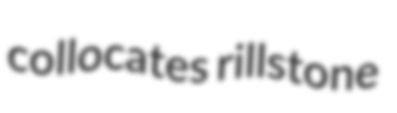
collocates rillstone